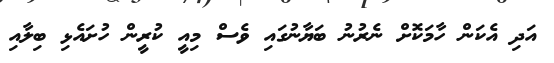
އަދި އެކަން ހާމަކޮށް ނެރުނު ބަޔާނުގައި ވެސް މިއީ ކުރީން ހުށައެޅި ބިލާއި